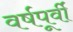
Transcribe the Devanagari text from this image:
वर्षपूर्वी